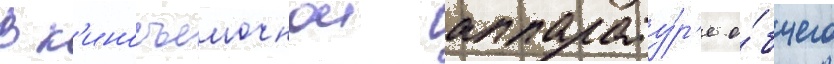
В к'иносъемочнои аппарату́р'е о́бщего